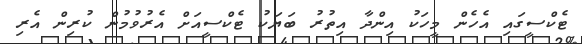
ޓެކްސީގައި އެހެން މީހަކު އިންދާ އިތުރު ބަޔަކު ޓެކްސީއަށް އެރުވުމުން ކުރިން އެރި